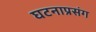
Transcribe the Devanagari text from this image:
घटनाप्रसंग